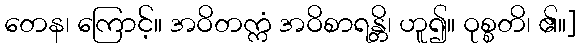
တေန၊ ကြောင့်။ အဝိတက္ကံ အဝိစာရန္တိ၊ ဟူ၍။ ဝုစ္စတိ၊ ၏။]